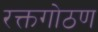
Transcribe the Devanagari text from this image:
रक्तगोठण